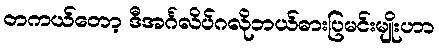
တကယ်တော့ ဒီအင်္ဂလိပ်ဂလိုဘယ်ဓားပြမင်းမျိုးဟာ